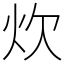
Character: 炊